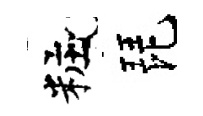
粧琵